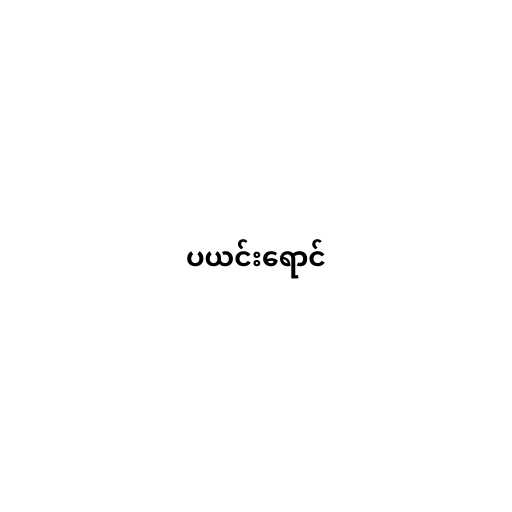
ပယင်းရောင်